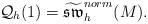
LaTeX: \begin{align*}\mathcal{Q}_h(1)=\widetilde{\mathfrak{sw}}^{norm}_{h}(M). \end{align*}